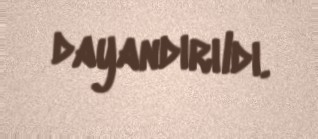
dayandırıldı.